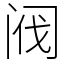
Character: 阀